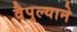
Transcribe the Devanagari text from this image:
वैपुल्याने